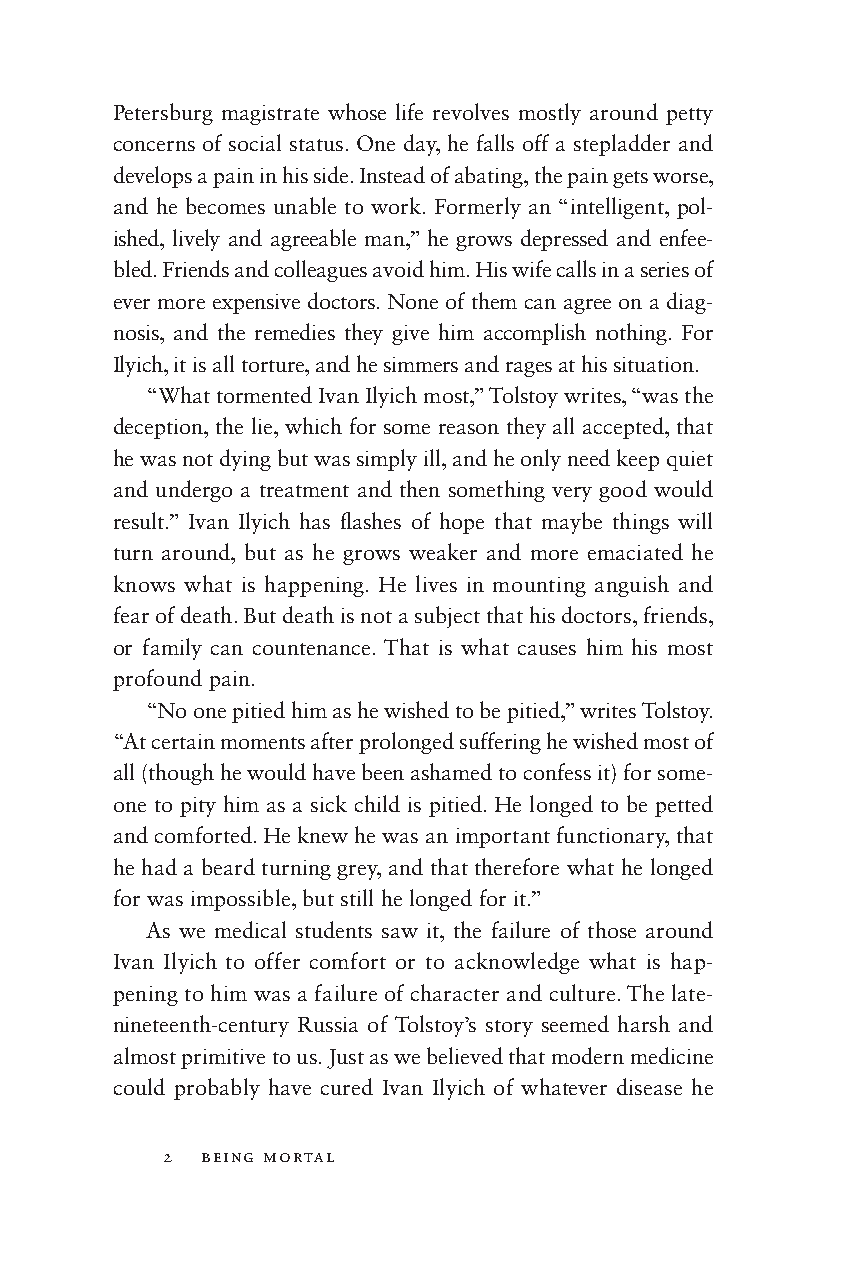
Petersburg magistrate whose life revolves mostly around petty
 concerns of social status. One day, he falls off a stepladder and
 develops a pain in his side. Instead of abating, the pain gets worse,
 and he becomes unable to work. Formerly an “intelligent, pol-
 ished, lively and agreeable man,” he grows depressed and enfee-
 bled. Friends and colleagues avoid him. His wife calls in a series of
 ever more expensive doctors. None of them can agree on a diag-
 nosis, and the remedies they give him accomplish nothing. For
 Ilyich, it is all torture, and he simmers and rages at his situation.
 “What tormented Ivan Ilyich most,” Tolstoy writes, “was the
 deception, the lie, which for some reason they all accepted, that
 he was not dying but was simply ill, and he only need keep quiet
 and undergo a treatment and then something very good would
 result.” Ivan Ilyich has fl ashes of hope that maybe things will
 turn around, but as he grows weaker and more emaciated he
 knows what is happening. He lives in mounting anguish and
 fear of death. But death is not a subject that his doctors, friends,
 or family can countenance. That is what causes him his most
 profound pain.
 “No one pitied him as he wished to be pitied,” writes Tolstoy.
 “At certain moments after prolonged suffering he wished most of
 all (though he would have been ashamed to confess it) for some-
 one to pity him as a sick child is pitied. He longed to be petted
 and comforted. He knew he was an important functionary, that
 he had a beard turning grey, and that therefore what he longed
 for was impossible, but still he longed for it.”
 As we medical students saw it, the failure of those around
 Ivan Ilyich to offer comfort or to acknowledge what is hap-
 pening to him was a failure of character and culture. The late-
 nineteenth- century Rus sia of Tolstoy’s story seemed harsh and
 almost primitive to us. Just as we believed that modern medicine
 could probably have cured Ivan Ilyich of whate ver disease he
 2  being mortal
 002200--5588552266__cchh0011__77PP..iinndddd 22 88//66//1144 1100::2299 AAMM